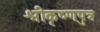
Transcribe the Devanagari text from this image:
श्रीकृष्णपुत्र